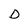
Character: D